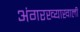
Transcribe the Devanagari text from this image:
अंगरख्याखाली